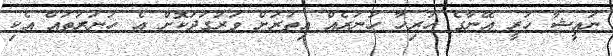
ނައީޝާ ހުރީ އޭނާގެ ހުރިހާ ހުނަރެއް އިތުރަށް ވަރުގަދަކޮށް އެ ހުނަރުތައް އެކި